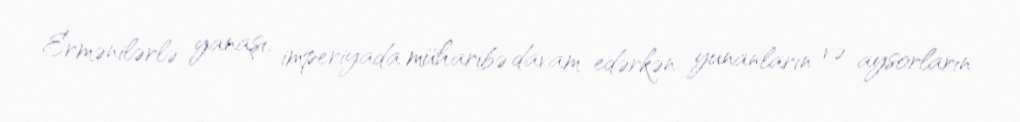
Ermənilərlə yanaşı, imperiyada müharibə davam edərkən yunanların və aysorların